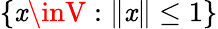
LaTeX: \{ \mathit{x}\inV:\| \mathit{x}\| \leq1\}